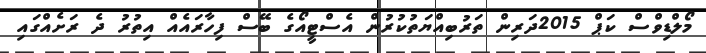
މޯލްޑިވްސް ކަޕް 2015ދަރިން ތަރުބިއްޔަތުކުރުން އެސްޓީއޯގެ ބޭސް ފިހާރައެއް އިތުރު ދެ ރަށެއްގައި